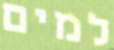
למים